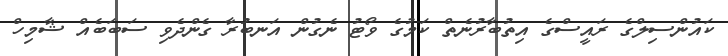
ކައުންސިލްގެ ރައީސްގެ އިތުބާރުނެތް ކަމުގެ ވޯޓު ނެގުން އަނބުރާ ގެންދެވި ސަބަބެއް ޝާމިހް